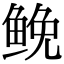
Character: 𩾃